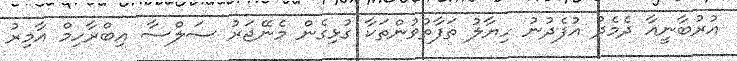
އުރުބާނީއާ ދެމެދު އުފެދުނު ހިޔާލު ތަފާތުވުންތަކާ ގުޅިގެން މެނޭޖަރު ސަލްސާ އިބްރާހިމް އާމިރު